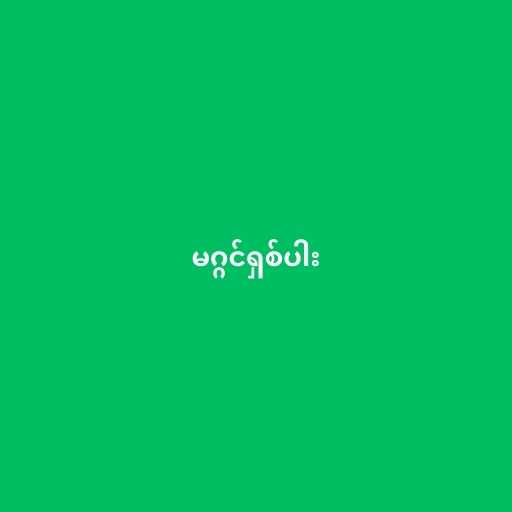
မဂ္ဂင်ရှစ်ပါး